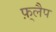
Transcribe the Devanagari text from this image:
फ़्लैप